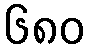
၆၈၀